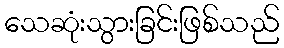
သေဆုံးသွားခြင်းဖြစ်သည်